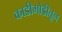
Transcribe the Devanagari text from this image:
काडीमोडीतून